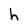
Character: h